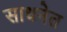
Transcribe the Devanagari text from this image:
साधनेत